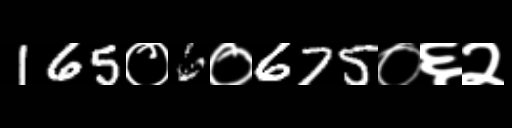
Text: 165०6०675०६२